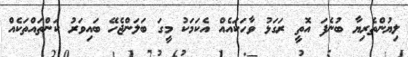
ލިޔުންތެރިޔާ ބުނެފަ އޮތީ ރަގަޅު ވާހަކައެއް އެކަމަކު މީގަ ބަލަންޖެހޭ ބައިވަރު ކަންތައްތަކެއް